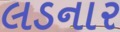
લડનાર